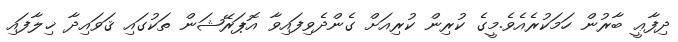
ދިފާޢީ ބާރުން ހަމަކުރެއެވެ.މީގެ ކުރިން ކުރިއަށް ގެންދެވިފައިވާ އޮޕަރޭޝަން ތަކުގައި ޤަވައިދާ ޚިލާފައި